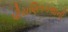
પૌરાણિકકથાની